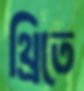
থ্রিতে